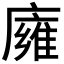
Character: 𢋊